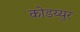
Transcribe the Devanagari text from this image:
कोडय्युर